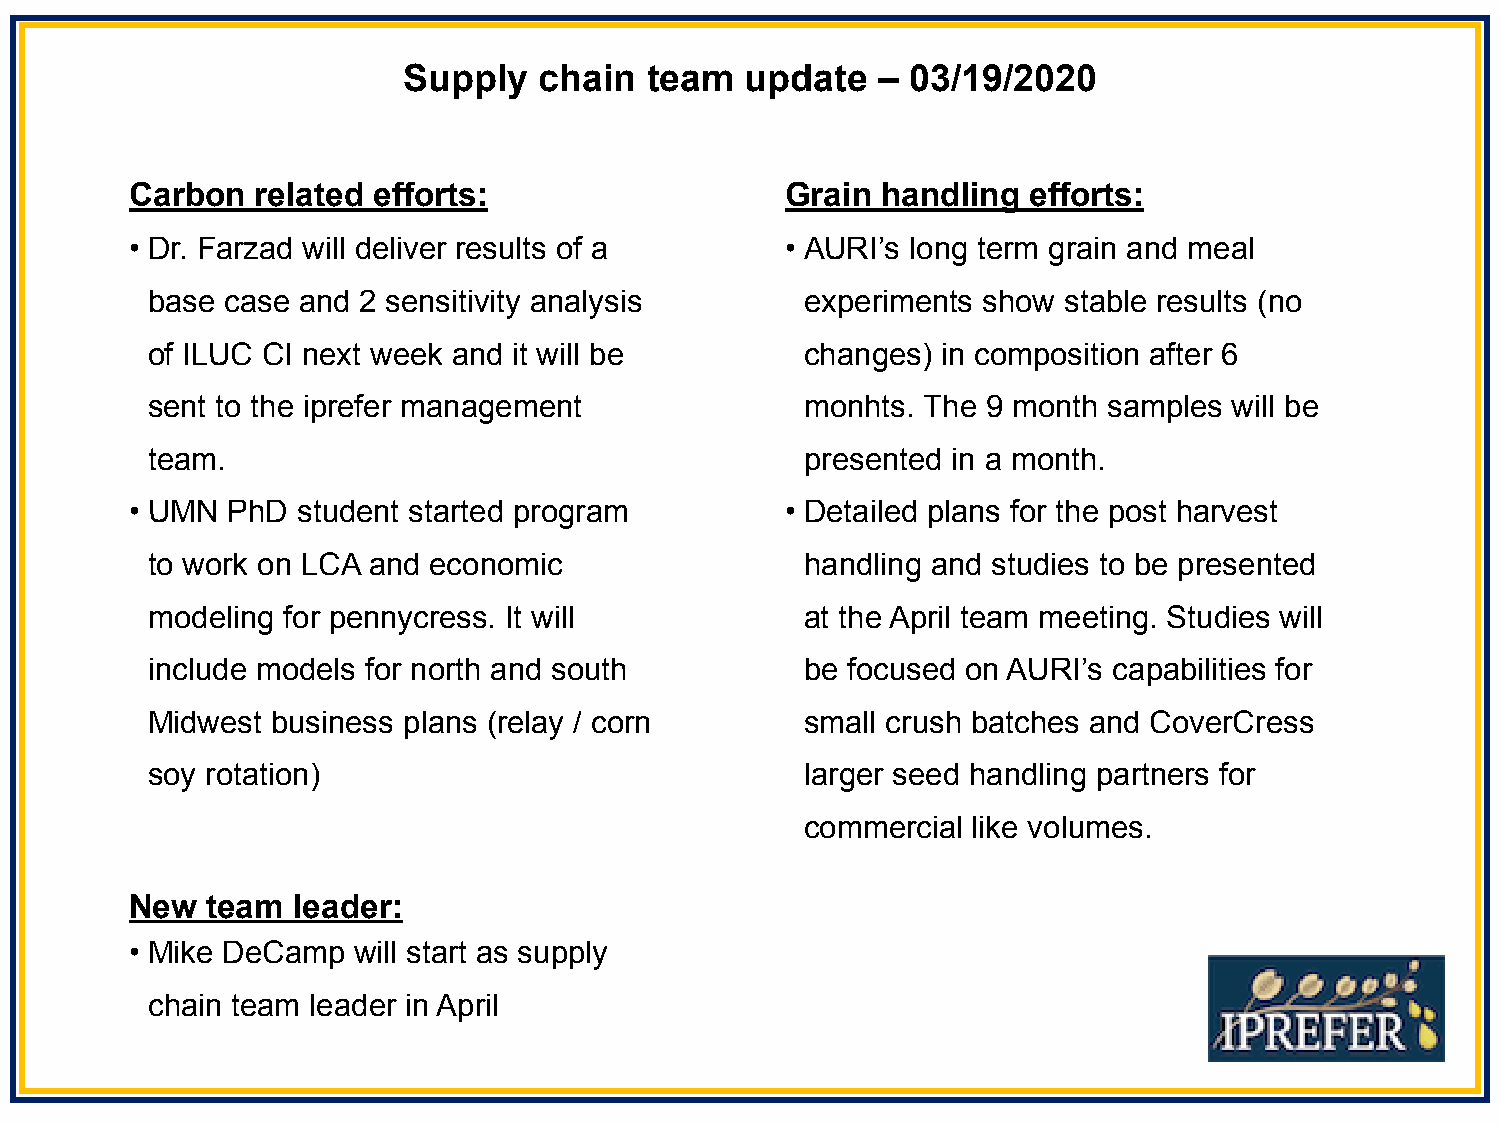
Supply   chain  team  update   – 03/19/2020
 Carbon  related efforts:                   Grain handling  efforts:
 • Dr. Farzad will deliver results of a     • AURI’s long term grain and meal
 base case and 2 sensitivity analysis       experiments show stable results (no
 of ILUC CI next week and it will be        changes) in composition after 6
 sent to the iprefer management             monhts. The 9 month samples  will be
 team.                                      presented in a month.
 • UMN PhD  student started program         • Detailed plans for the post harvest
 to work on LCA and economic                handling and studies to be presented
 modeling for pennycress. It will           at the April team meeting. Studies will
 include models for north and south         be focused on AURI’s capabilities for
 Midwest business plans (relay / corn       small crush batches and CoverCress
 soy rotation)                              larger seed handling partners for
 commercial like volumes.
 New  team leader:
 • Mike DeCamp will start as supply
 chain team leader in April